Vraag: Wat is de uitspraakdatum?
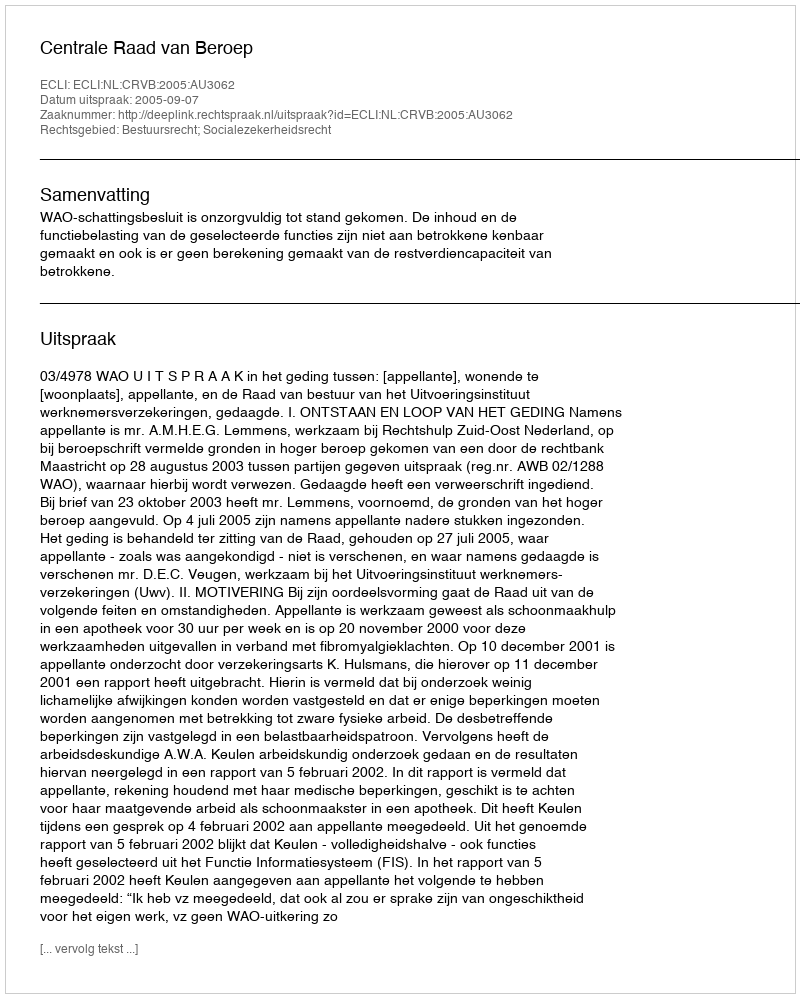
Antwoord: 2005-09-07